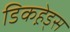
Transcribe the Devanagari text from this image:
डिकहे़ड्स